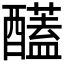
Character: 𮡈